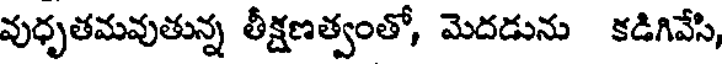
వుధృతమవుతున్న తీక్షణత్వంతో, మెదడును కడిగివేసి,